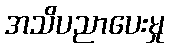
အသိပညာပေးမှု